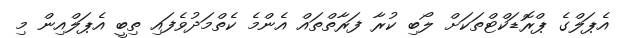
އެޕަލްގެ ޕްރޮޑަކްޓްތަކަށް ލޯބި ކުރާ ފަރާތްތައް އެންމެ ކެތްމަދުވެފައި ތިބީ އެޕަލްއިން މި